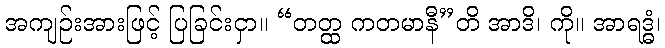
အကျဉ်းအားဖြင့် ပြခြင်းငှာ။ “တတ္ထ ကတမာနီ”တိ အာဒိ၊ ကို။ အာရဒ္ဓံ၊